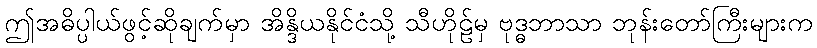
ဤအဓိပ္ပါယ်ဖွင့်ဆိုချက်မှာ အိန္ဒိယနိုင်ငံသို့ သီဟိုဠ်မှ ဗုဒ္ဓဘာသာ ဘုန်းတော်ကြီးများက